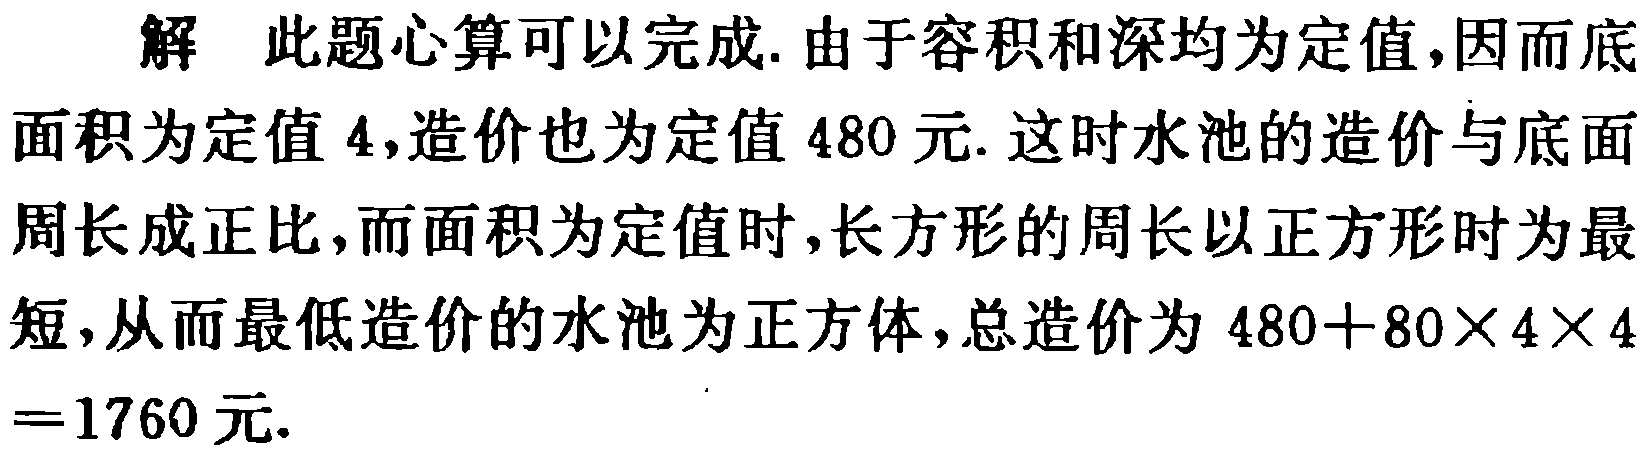
解 此题心算可以完成. 由于容积和深均为定值, 因而底面积为定值 \(4\), 造价也为定值 \(480\) 元. 这时水池的造价与底面周长成正比, 而面积为定值时, 长方形的周长以正方形时为最短, 从而最低造价的水池为正方体, 总造价为 \(480 + 80\times4\times4=1760\) 元.